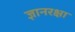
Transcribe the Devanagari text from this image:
ज्ञानरक्षा